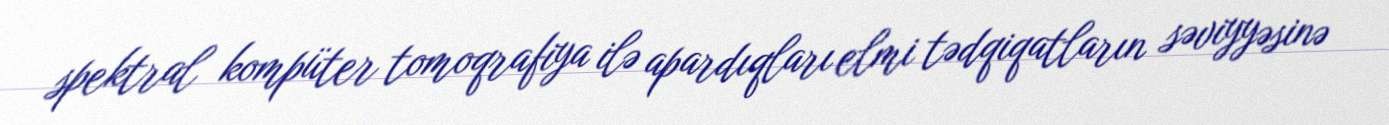
spektral kompüter tomoqrafiya ilə apardıqları elmi tədqiqatların səviyyəsinə